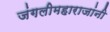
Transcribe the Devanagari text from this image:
जंगलीमहाराजांनी